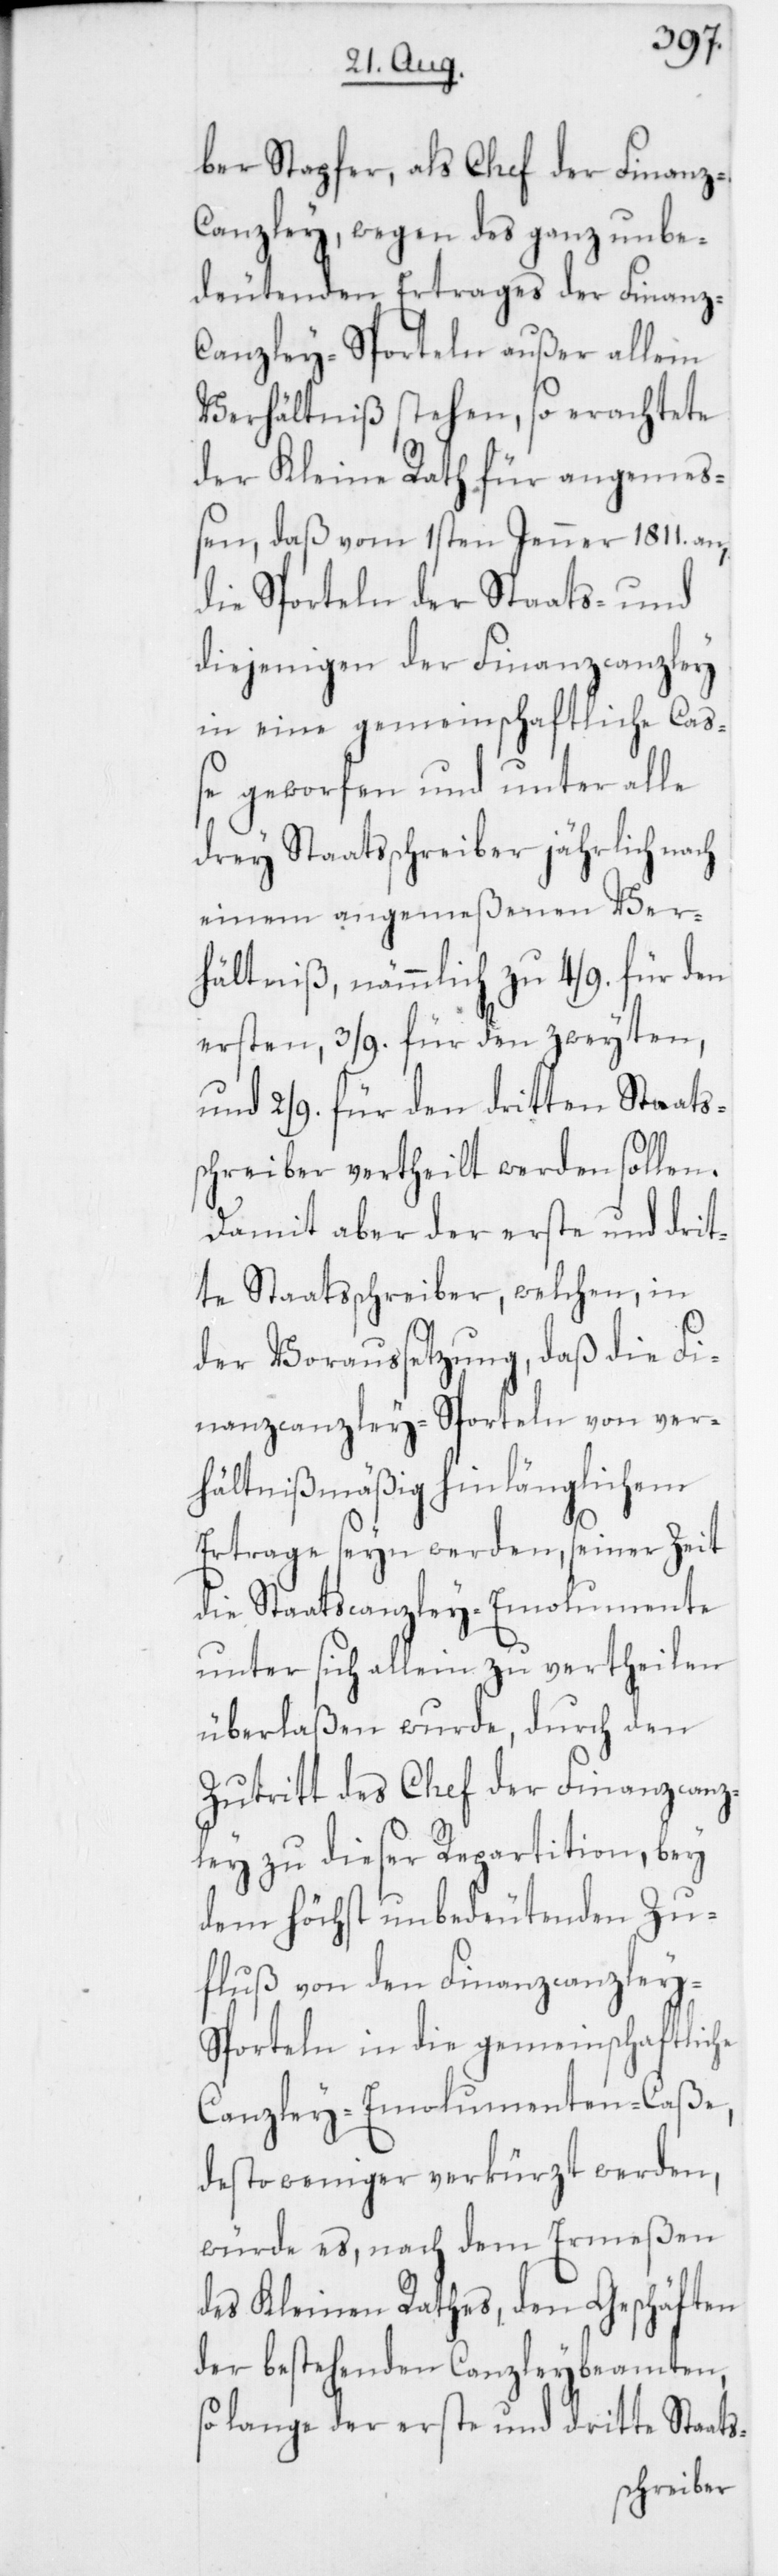
ber Stapfer, als Chef der Finanz-C¬
anzley, wegen des ganz unbe¬
deutenden Ertrages der Finanz-C¬
anzley-Sporteln außer allem
Verhältniß stehen, so erachtete
der Kleine Rath für angemeß¬
en, daß vom 1sten Jenner 1811. an,
die Sporteln der Staats- und
diejenigen der Finanzcanzley
in eine gemeinschaftliche Caß¬
e geworfen und unter alle
drey Staatsschreiber jährlich nach
einem angemeßenen Ver¬
hältniß, nämmlich zu 4/9. für den
ersten, 3/9. für den zweyten,
und 2/9. für den dritten Staats¬
schreiber vertheilt werden sollen.
Damit aber der erste und drit¬
te Staatsschreiber, welchen in
der Voraussetzung, daß die Fi¬
nanzcanzley-Sporteln von ver¬
hältnismäßig hinlänglichem
Ertrage seyn werden, seiner Zeit
die Staatscanzley-Emolumente
unter sich allein zu vertheilen
überlaßen wurde, durch den
Zutritt des Chef der Finanzcanz¬
ley zu dieser Repartition, bey
dem höchst unbedeutenden Zu¬
fluß von den Finanzcanzley-S¬
porteln in die gemeinschaftliche
Canzley-Emolumenten-Caße,
desto weniger verkürzt werden,
würde es, nach dem Ermeßen
des Kleinen Rathes, den Geschäften
der bestehenden Canzleybeamten,
so lange der erste und dr¬
itte